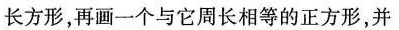
长方形，再画一个与它周长相等的正方形，并